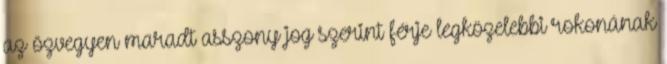
az özvegyen maradt asszony jog szerint férje legközelebbi rokonának